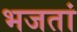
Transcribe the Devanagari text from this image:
भजतां